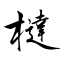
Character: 橽